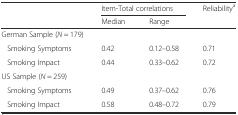
<table><thead><tr><td></td><td colspan="2"><b>Item-Total correlations</b></td><td rowspan="2"><b>Reliability<sup>a</sup></b></td></tr><tr><td></td><td><b>Median</b></td><td><b>Range</b></td></tr></thead><tbody><tr><td>German Sample (<i>N</i> = 179)</td><td></td><td></td><td></td></tr><tr><td>Smoking Symptoms</td><td>0.42</td><td>0.12–0.58</td><td>0.71</td></tr><tr><td>Smoking Impact</td><td>0.44</td><td>0.33–0.62</td><td>0.72</td></tr><tr><td>US Sample (<i>N</i> = 259)</td><td></td><td></td><td></td></tr><tr><td>Smoking Symptoms</td><td>0.49</td><td>0.37–0.62</td><td>0.76</td></tr><tr><td>Smoking Impact</td><td>0.58</td><td>0.48–0.72</td><td>0.79</td></tr></tbody></table>